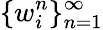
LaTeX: \{ w_{i}^{n}\} _{n=1}^{\infty}